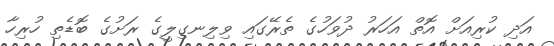
އަދި ކުރިއަށް އޮތް އަހަރު ދުވަހުގެ ތެރޭގައި ވިލިނގިލީގެ ރަށުގެ ބޮޑެތި ހުރިހާ